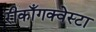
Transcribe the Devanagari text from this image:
रीकाँगक्वेस्टा